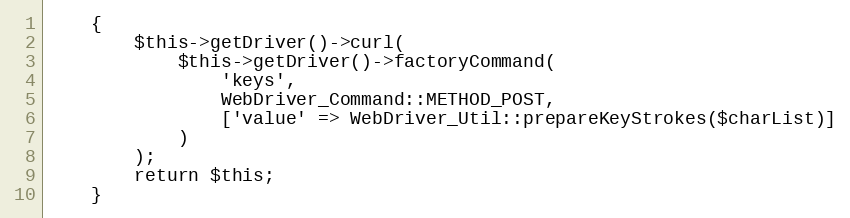
Language: PHP
    {
        $this->getDriver()->curl(
            $this->getDriver()->factoryCommand(
                'keys',
                WebDriver_Command::METHOD_POST,
                ['value' => WebDriver_Util::prepareKeyStrokes($charList)]
            )
        );
        return $this;
    }